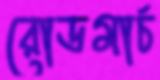
রোডমার্চ